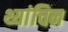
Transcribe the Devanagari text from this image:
थ्यांचिन